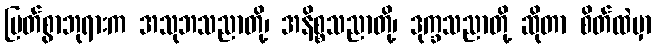
မြတ်စွာဘုရားက အသုဘသညာတို့၊ အနိစ္စသညာတို့၊ ဒုက္ခသညာတို့ ဆိုတာ စိတ်ထဲမှာ